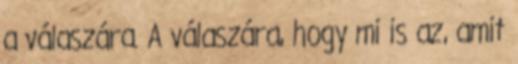
a válaszára. A válaszára, hogy mi is az, amit